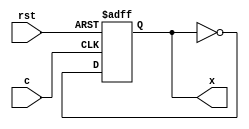
module clb_ib(
	input c,
	input rst,
	output x
);

	wire f;
	reg q;
	
	assign f = ~q;
	
	always @(posedge c, negedge rst) begin
		if (rst == 1'b0) begin
			q <= 1'b0;
		end else begin
			q <= f;
		end
	end
	
	assign x = q;
	
endmodule